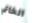
الخاتم